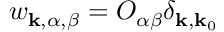
w _ { \mathbf { k } , \alpha , \beta } = O _ { \alpha \beta } \delta _ { \mathbf { k } , \mathbf { k } _ { 0 } }